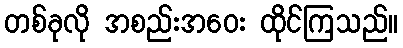
တစ်ခုလို အစည်းအဝေး ထိုင်ကြသည်။